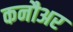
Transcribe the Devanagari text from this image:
कनौअर